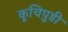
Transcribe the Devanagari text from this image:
कूचिपुडी